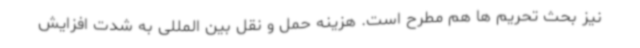
نیز بحث تحریم ها هم مطرح است. هزینه حمل و نقل بین المللی به شدت افزایش